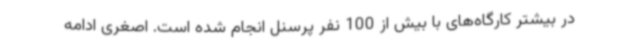
در بیشتر کارگاه‌های با بیش از 100 نفر پرسنل انجام شده است. اصغری ادامه